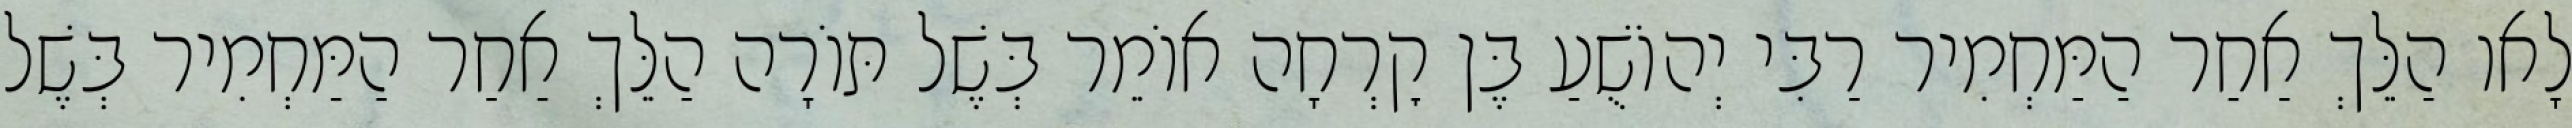
לָאו הַלֵּךְ אַחַר הַמַּחְמִיר רַבִּי יְהוֹשֻׁעַ בֶּן קׇרְחָה אוֹמֵר בְּשֶׁל תּוֹרָה הַלֵּךְ אַחַר הַמַּחְמִיר בְּשֶׁל